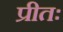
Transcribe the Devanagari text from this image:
प्रीतः